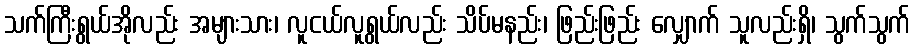
သက်ကြီးရွယ်အိုလည်း အများသား၊ လူငယ်လူရွယ်လည်း သိပ်မနည်း၊ ဖြည်းဖြည်း လျှောက် သူလည်းရှိ၊ သွက်သွက်